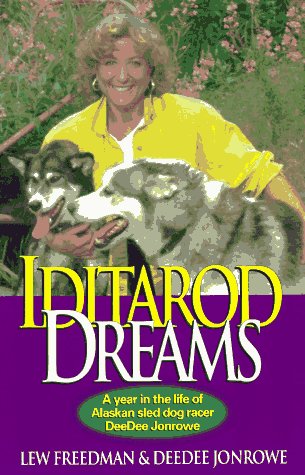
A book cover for Iditarod Dreams: A Year in the Life of Alaskan Sled Dog Racer DeeDee Jonrowe; Lew Freedman; Sports & Outdoors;